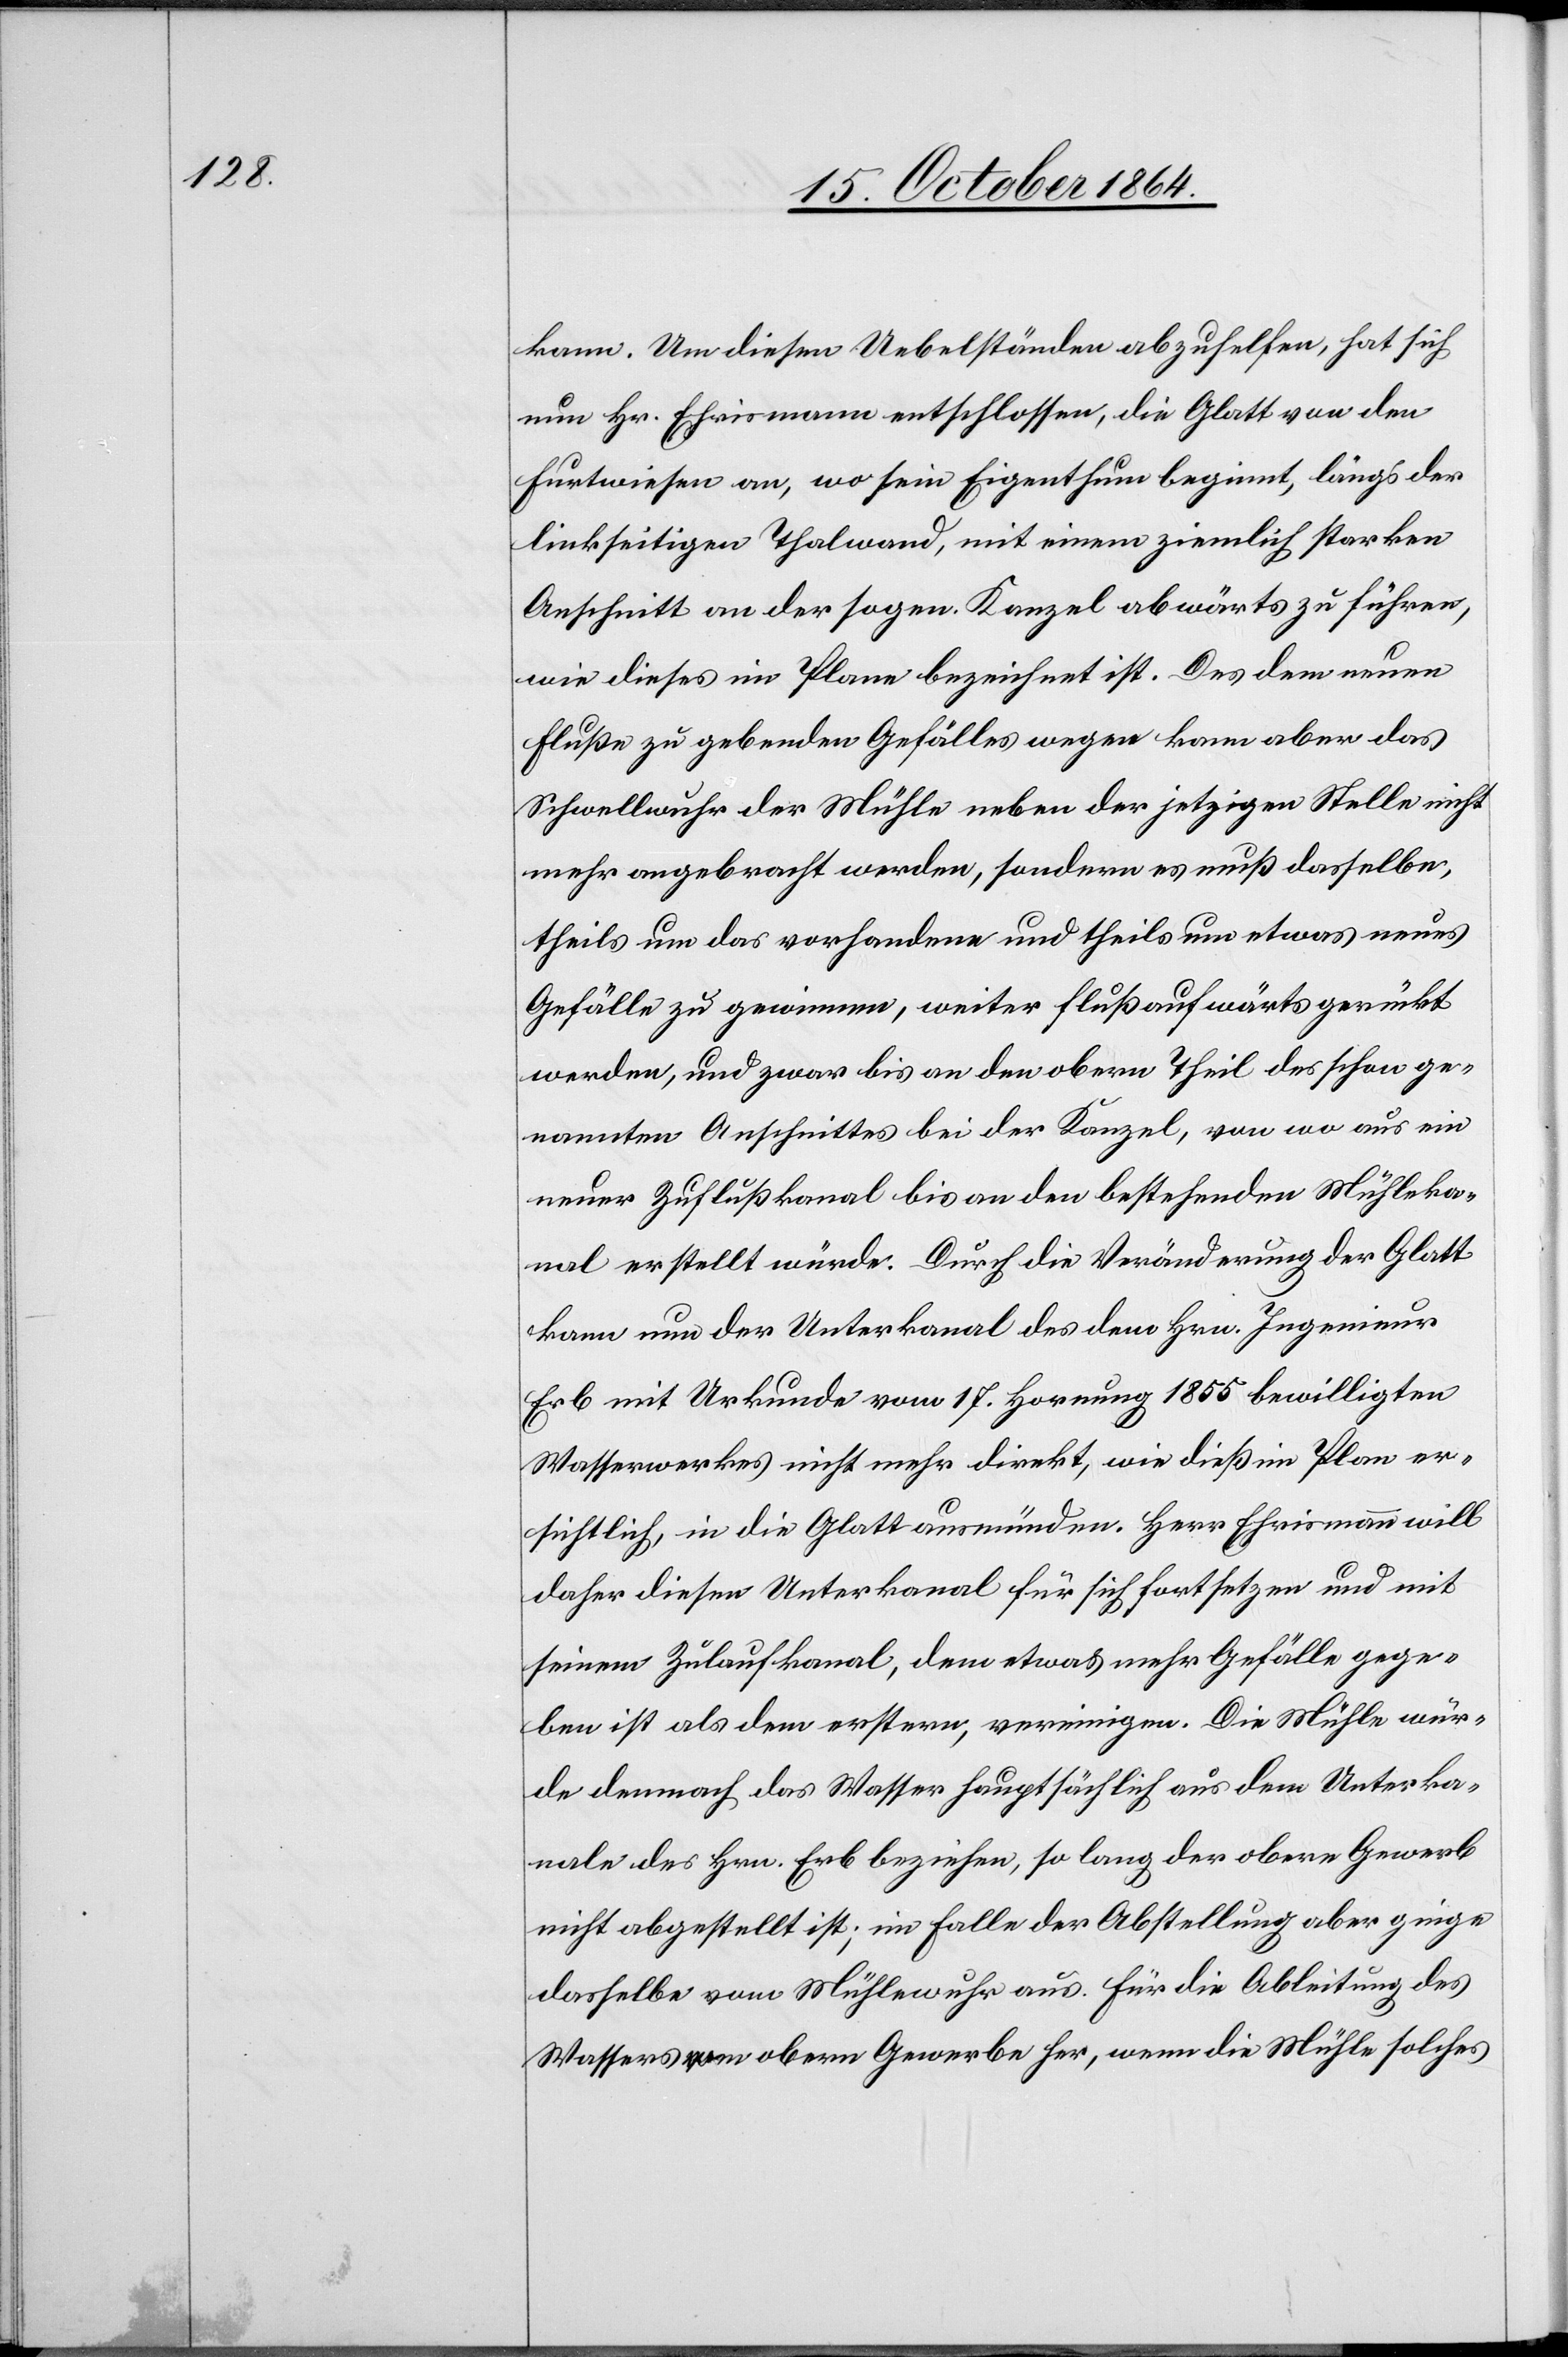
kann. Um diesen Übelständen abzuhelfen, hat sich
nun Hr. Ehrismann entschlossen, die Glatt von den
Furtwiesen an, wo sein Eigenthum beginnt, längs der
linkseitigen Thalwand, mit einem ziemlich starken
Anschnitt von der sogen. Kanzel abwärts zu führen,
wie dieses im Plane bezeichnet ist. Des dem neuen
Fluße zu gebenden Gefälles wegen kann aber das
Schwellwuhr der Mühle neben der jetzigen Stelle nicht
mehr angebracht werden, sondern es muß dasselbe,
theils um das vorhandene und theils um etwas neues
Gefälle zu gewinnen, weiter flußaufwärts gerückt
werden, und zwar bis an den obern Theil des schon ge¬
nannten Anschnittes bei der Kanzel, von wo aus ein
neuer Zuflußkanal bis an den bestehenden Mühleka¬
nal erstellt würde. Durch die Veränderung der Glatt
kann nun der Unterkanal des dem Hrn. Ingenieur
Erb mit Urkunde vom 17. Hornung 1855 bewilligten
Wasserwerkes nicht mehr direkt, wie dieß im Plan er¬
sichtlich, in die Glatt ausmünden. Herr Ehrismann will
daher diesen Unterkanal für dich fortsetzen und mit
seinem Zulaufkanal, dem etwas mehr Gefälle gege¬
ben ist als dem erstern, vereinigen. Die Mühle wür¬
de demnach das Wasser hauptsächlich aus dem Unterka¬
nale des Hrn. Erb beziehen, so lang der obere Gewerb
nicht abgestellt ist; im Falle der Abstellung aber ginge
dasselbe vom Mühlewuhr aus. Für die Ableitung des
Wassers vom obern Gewerbe her, wenn die Mühle solches